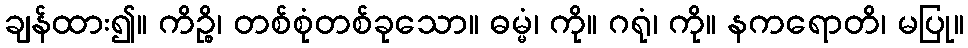
ချန်ထား၍။ ကိဉ္စိ၊ တစ်စုံတစ်ခုသော။ ဓမ္မံ၊ ကို။ ဂရုံ၊ ကို။ နကရောတိ၊ မပြု။